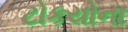
ટોકયોના